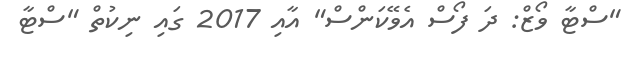
"ސްޓާ ވޯޒް: ދަ ފޯސް އެވޭކަންސް" އާއި 2017 ގައި ނިކުތް "ސްޓާ